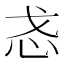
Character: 𫹳